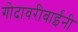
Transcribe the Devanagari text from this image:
गोदावरीबाईंनी